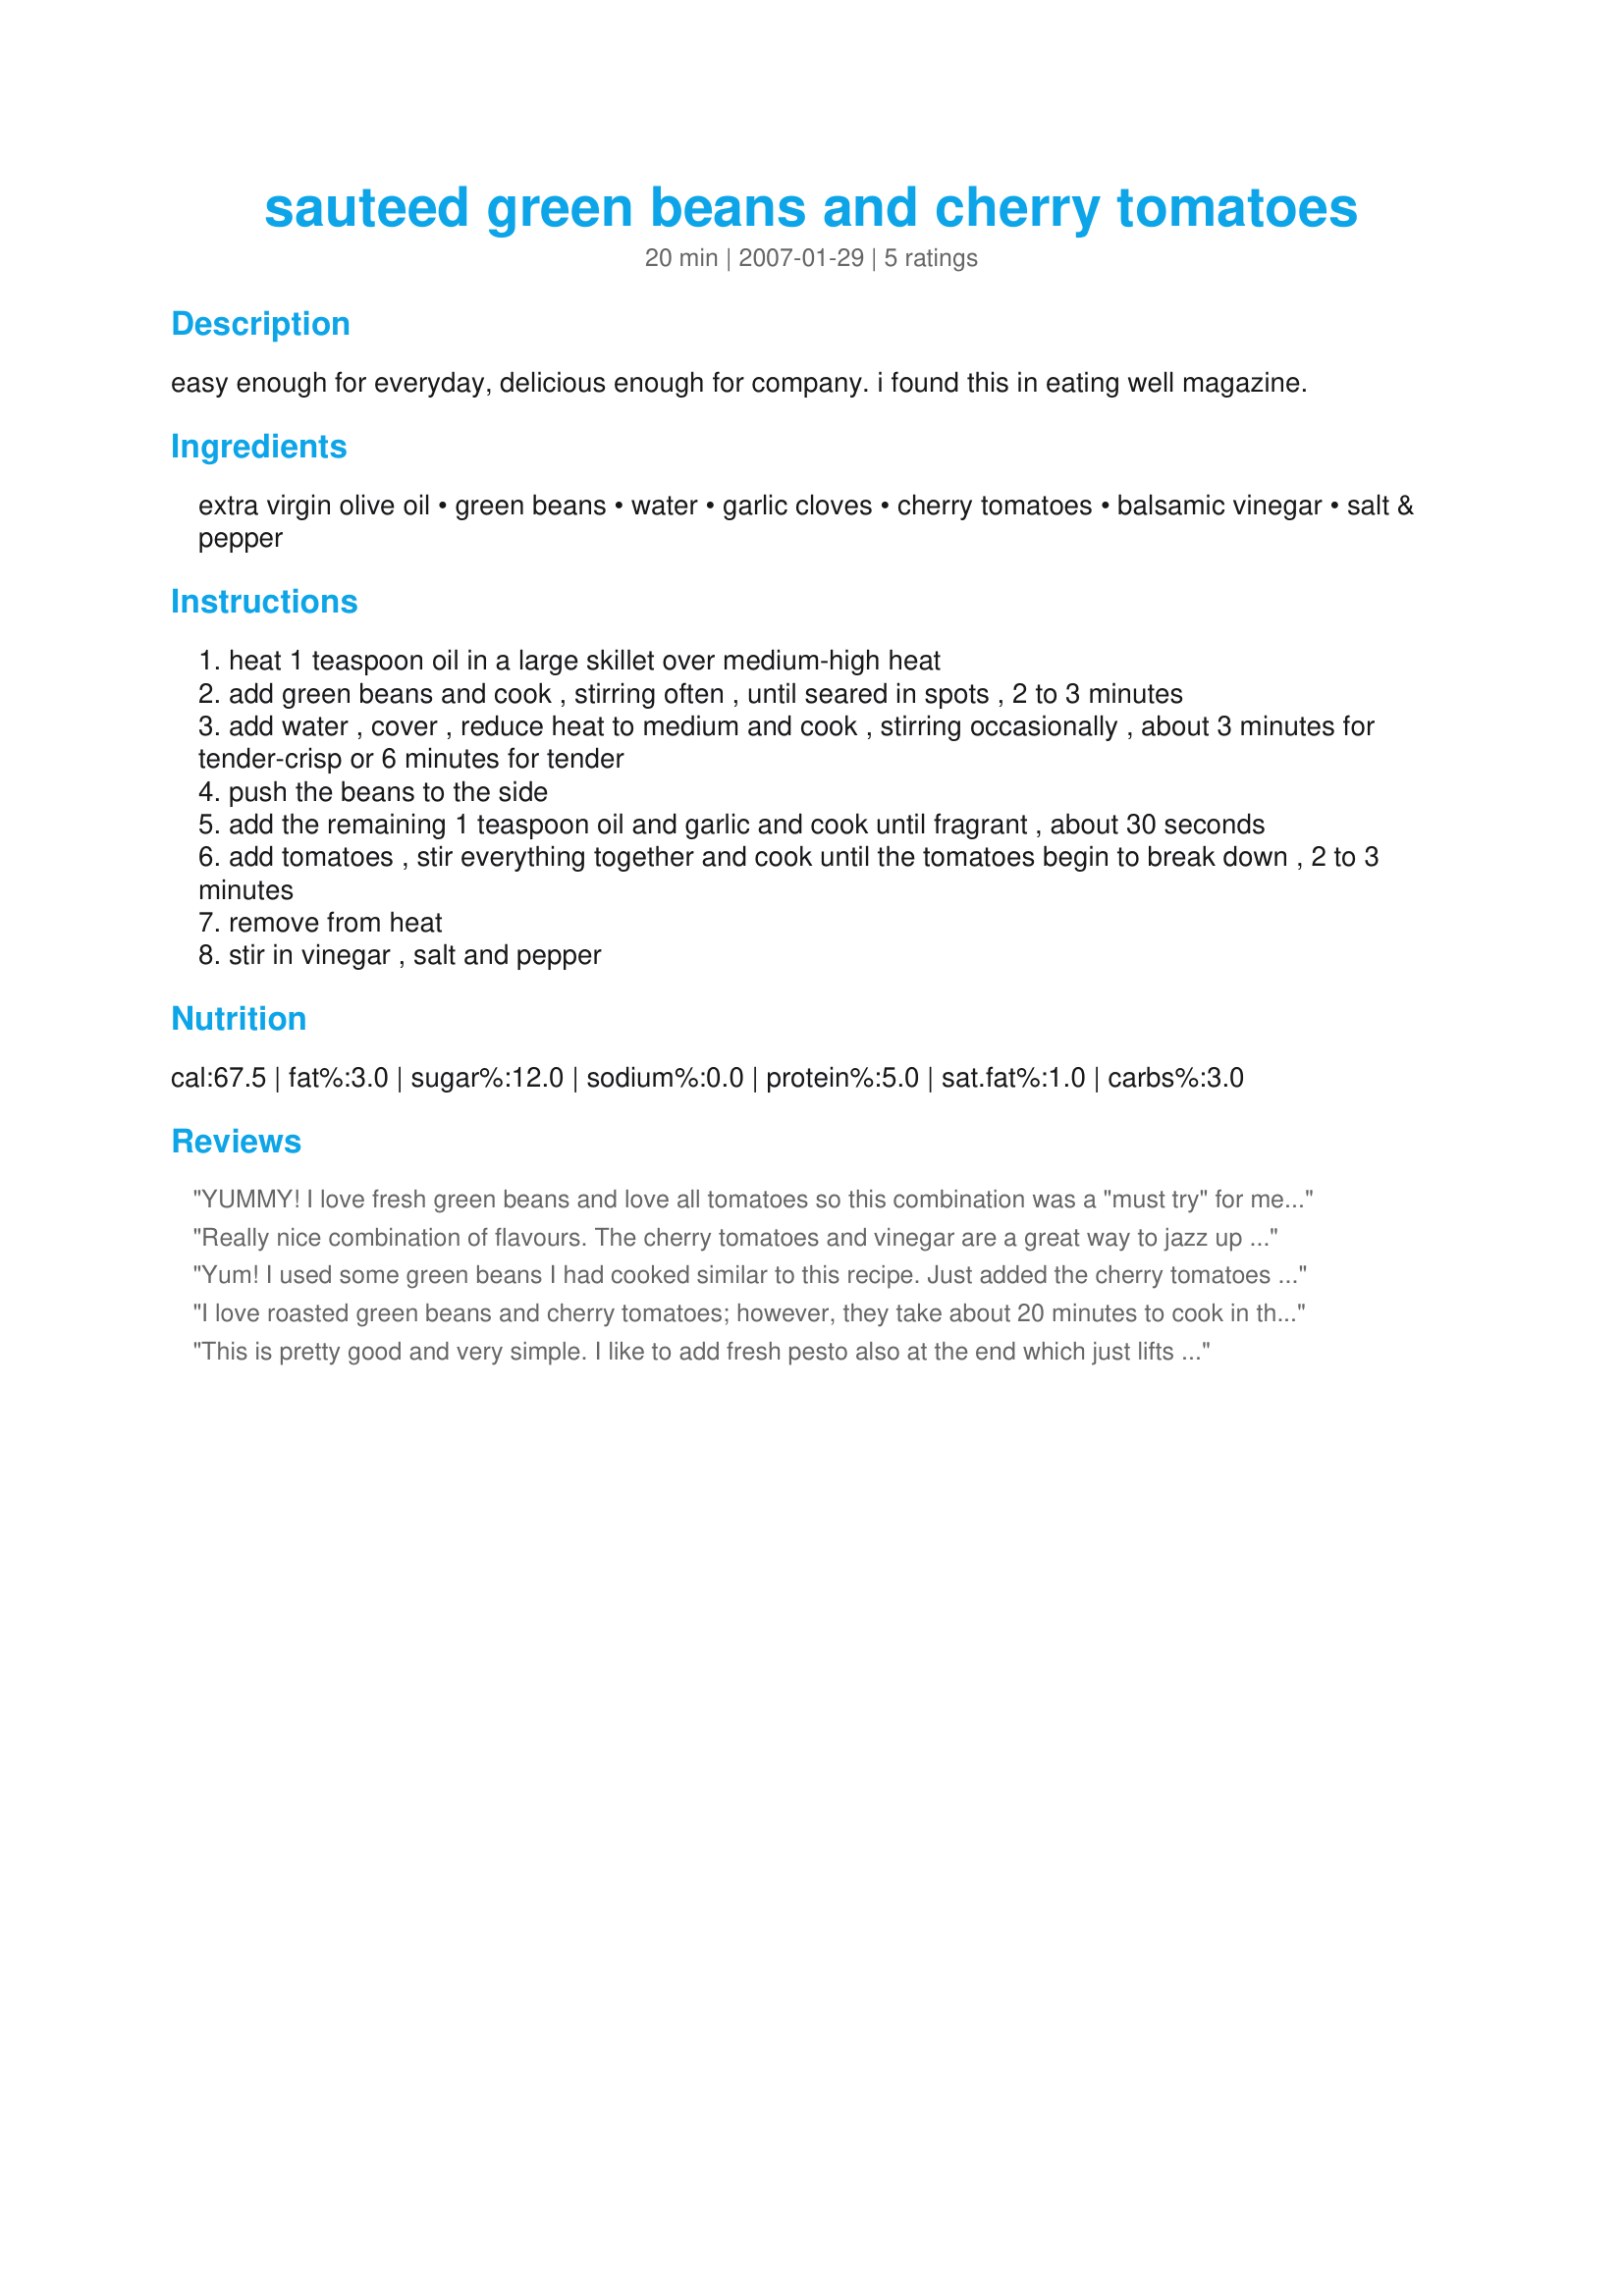
sauteed green beans and cherry tomatoes
Preparation time: 20 minutes

easy enough for everyday, delicious enough for company. i found this in eating well magazine.

Ingredients:
extra virgin olive oil, green beans, water, garlic cloves, cherry tomatoes, balsamic vinegar, salt & pepper

Steps:
heat 1 teaspoon oil in a large skillet over medium-high heat
add green beans and cook , stirring often , until seared in spots , 2 to 3 minutes
add water , cover , reduce heat to medium and cook , stirring occasionally , about 3 minutes for tender-crisp or 6 minutes for tender
push the beans to the side
add the remaining 1 teaspoon oil and garlic and cook until fragrant , about 30 seconds
add tomatoes , stir everything together and cook until the tomatoes begin to break down , 2 to 3 minutes
remove from heat
stir in vinegar , salt and pepper

Reviews:
YUMMY! I love fresh green beans and love all tomatoes so this combination was a "must try" for me. My husband and I loved the flavors the garlic and balsamic vinegar added to this dish, thanks for posting!! Looking forward to trying more of your recipes!
Really nice combination of flavours. The cherry tomatoes and vinegar are a great way to jazz up green beans. Thanks for a great side dish!
Yum! I used some green beans I had cooked similar to this recipe. Just added the cherry tomatoes and the garlic along with the balsamic vinegar. It was delicious. I actually had this for breakfast! Thanks Bev!
I love roasted green beans and cherry tomatoes; however, they take about 20 minutes to cook in the oven and I didn't want to heat up the oven. This are a very nice sub. The green beans were fresh from the garden. This is a recipe that I am sure to repeat often.
This is pretty good and very simple. I like to add fresh pesto also at the end which just lifts the flavors even more! It is also lovely with the addition of some toasted nuts such as walnuts.
